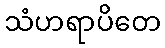
သံဟရာပိတေ